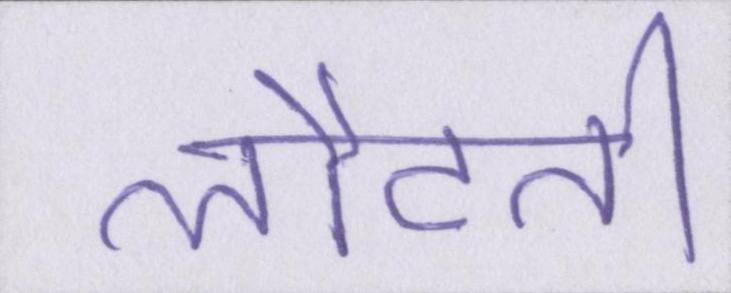
लौटती